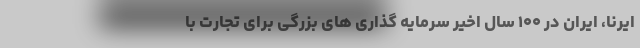
ایرنا، ایران در ۱۰۰ سال اخیر سرمایه گذاری های بزرگی برای تجارت با